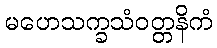
မဟေသက္ခသံဝတ္တနိကံ